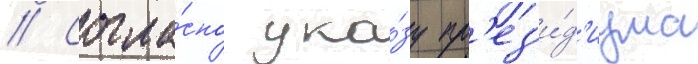
// Согла́сно ука́зу пр'ез'и́д'иума